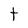
Character: t